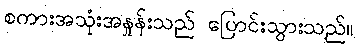
စကားအသုံးအနှုန်းသည် ပြောင်းသွားသည်။